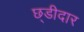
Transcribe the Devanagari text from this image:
छ्डीदार